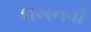
લખનવી